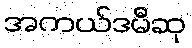
အကယ်ဒမီဆု